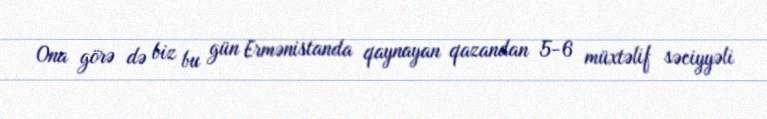
Ona görə də biz bu gün Ermənistanda qaynayan qazandan 5-6 müxtəlif səciyyəli